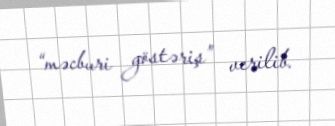
“məcburi göstəriş” verilib.